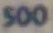
500